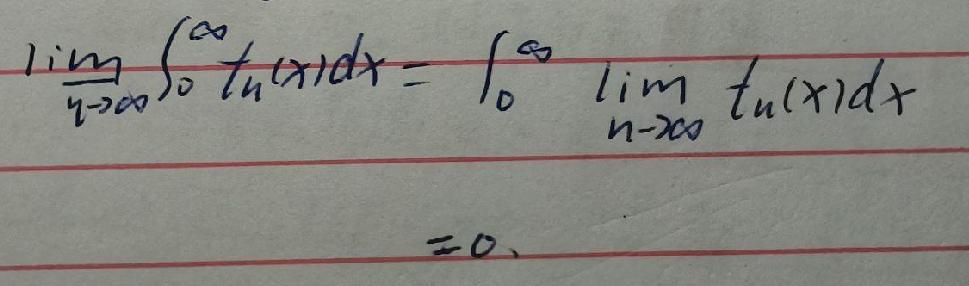
\[
\lim_{n\rightarrow\infty}\int_{0}^{\infty}t_{n}(x)dx=\int_{0}^{\infty}\lim_{n\rightarrow\infty}t_{n}(x)dx = 0
\]